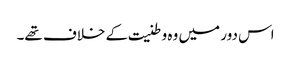
اس دور میں وہ وطنیت کے خلاف تھے۔